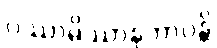
ပဿာမိဿာနုဘာဝန္တိ